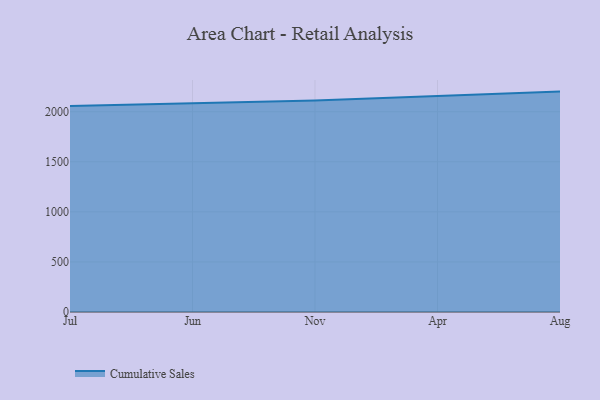
{"axis": {"x": "Month", "y": "Market Share (%)"}, "legend": ["Cumulative Sales"], "data": [{"x": "Jul", "y": 2057.2, "type": "Cumulative Sales"}, {"x": "Jun", "y": 2080.4, "type": "Cumulative Sales"}, {"x": "Nov", "y": 2111.0, "type": "Cumulative Sales"}, {"x": "Apr", "y": 2157.3, "type": "Cumulative Sales"}, {"x": "Aug", "y": 2200.8, "type": "Cumulative Sales"}]}